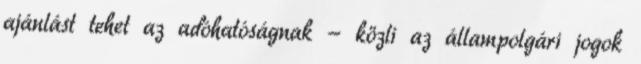
ajánlást tehet az adóhatóságnak - közli az állampolgári jogok